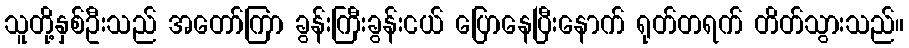
သူတို့နှစ်ဦးသည် အတော်ကြာ ခွန်းကြီးခွန်းငယ် ပြောနေပြီးနောက် ရုတ်တရက် တိတ်သွားသည်။